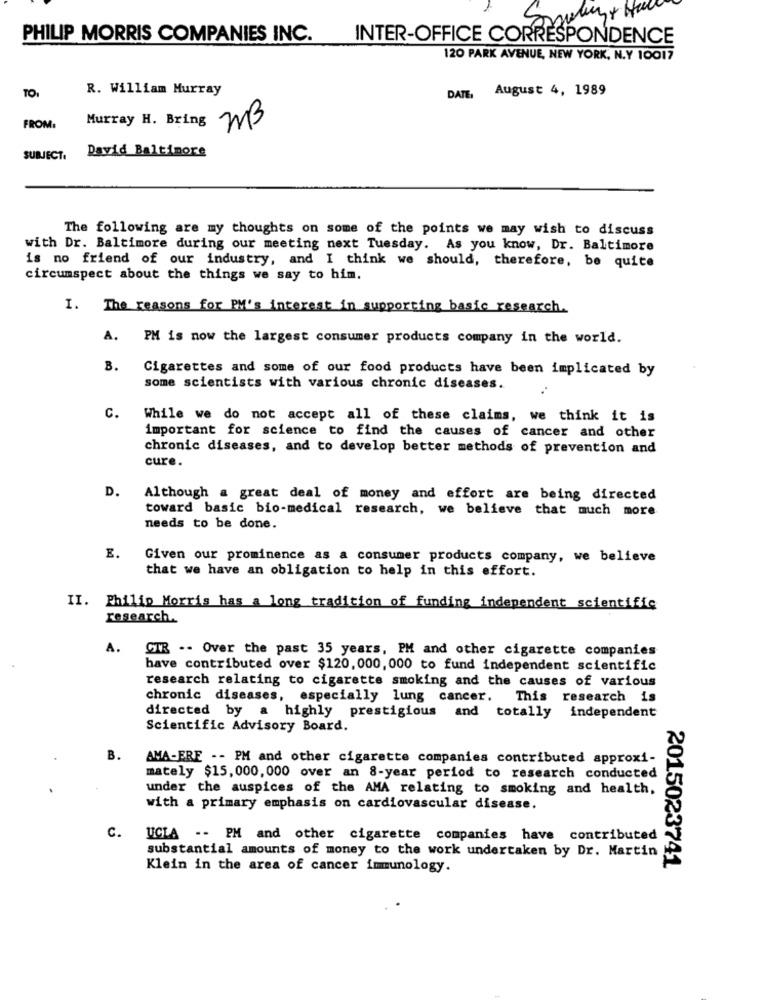
PHILIP MORRIS COMPANIES INC.
INTER-OFFICE CORRESPONDENCE
120 PARK AVENUE, NEW YORK, N.Y 10017
R. William Murray
DATE, August 4, 1989
TOI
FROM:
Murray H. Bring WB
David Baltimore
SUBJECT
The following are my thoughts on some of the points we may wish to discuss
with Dr. Baltimore during our meeting next Tuesday. As you know, Dr. Baltimore
is no friend of our industry, and I think we should, therefore, be quite
circumspect about the things we say to him.
I. The reasons for PM's interest in supporting basic research.
A. PM is now the largest consumer products company in the world.
B.
Cigarettes and some of our food products have been implicated by
some scientists with various chronic diseases.
C.
While we do not accept all of these claims, we think it is
important for science to find the causes of cancer and other
chronic diseases, and to develop better methods of prevention and
cure.
D.
Although a great deal of money and effort are being directed
toward basic bio-medical research, we believe that much more
needs to be done.
E.
Given our prominence as a consumer products company, we believe
that we have an obligation to help in this effort.
II. Philip Morris has a long tradition of funding independent scientific
research ..
A.
CTR .- Over the past 35 years, PM and other cigarette companies
have contributed over $120, 000, 000 to fund independent scientific
research relating to cigarette smoking and the causes of various
chronic diseases, especially lung cancer.
This research is
directed by a highly prestigious and totally independent
Scientific Advisory Board.
B.
AMA-ERE -- PM and other cigarette companies contributed approxi-
mately $15, 000, 000 over an 8-year period to research conducted
under the auspices of the AMA relating to smoking and health,
with a primary emphasis on cardiovascular disease.
c.
UCLA -- PM and other cigarette companies have contributed
substantial amounts of money to the work undertaken by Dr. Martin
Klein in the area of cancer immunology.
2015023741